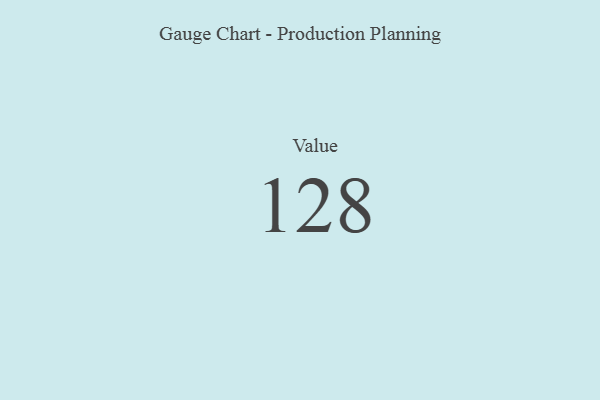
{"axis": {"x": "Metric", "y": "Value"}, "legend": [""], "data": [{"x": "Value", "y": 128, "type": ""}]}